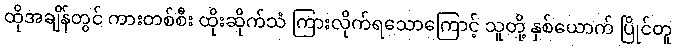
ထိုအချိန်တွင် ကားတစ်စီး ထိုးဆိုက်သံ ကြားလိုက်ရသောကြောင့် သူတို့ နှစ်ယောက် ပြိုင်တူ